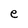
Character: e